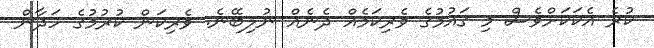
ކުރެ އެކަކަށްވެސް މި ޤައުމުގެ ވެރިކަމެއް ދެނެއް ނުލިބޭނެ. ވެރިކަން ކުރުމުގެ ހަދާން